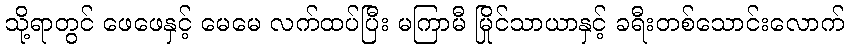
သို့ရာတွင် ဖေဖေနှင့် မေမေ လက်ထပ်ပြီး မကြာမီ မြိုင်သာယာနှင့် ခရီးတစ်သောင်းလောက်